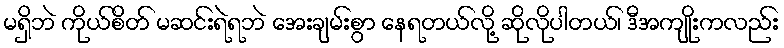
မရှိဘဲ ကိုယ်စိတ် မဆင်းရဲရဘဲ အေးချမ်းစွာ နေရတယ်လို့ ဆိုလိုပါတယ်၊ ဒီအကျိုးကလည်း